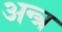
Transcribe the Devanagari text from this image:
अन्त्र